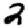
Digit: 2